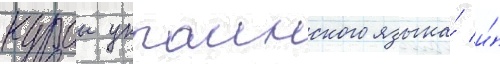
курсы украинского языка́ и́